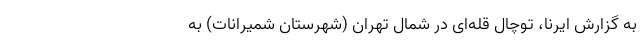
به گزارش ایرنا، توچال قله‌ای در شمال تهران (شهرستان شمیرانات) به